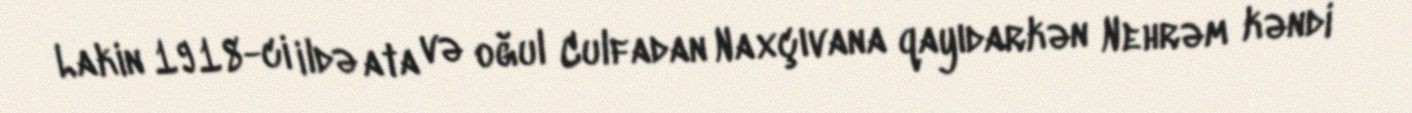
Lakin 1918-ci ildə ata və oğul Culfadan Naxçıvana qayıdarkən Nehrəm kəndi